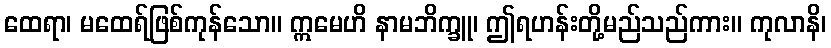
ထေရာ၊ မထေရ်ဖြစ်ကုန်သော။ ဣမေဟိ နာမဘိက္ခူ၊ ဤရဟန်းတို့မည်သည်ကား။ ကုလာနိ၊